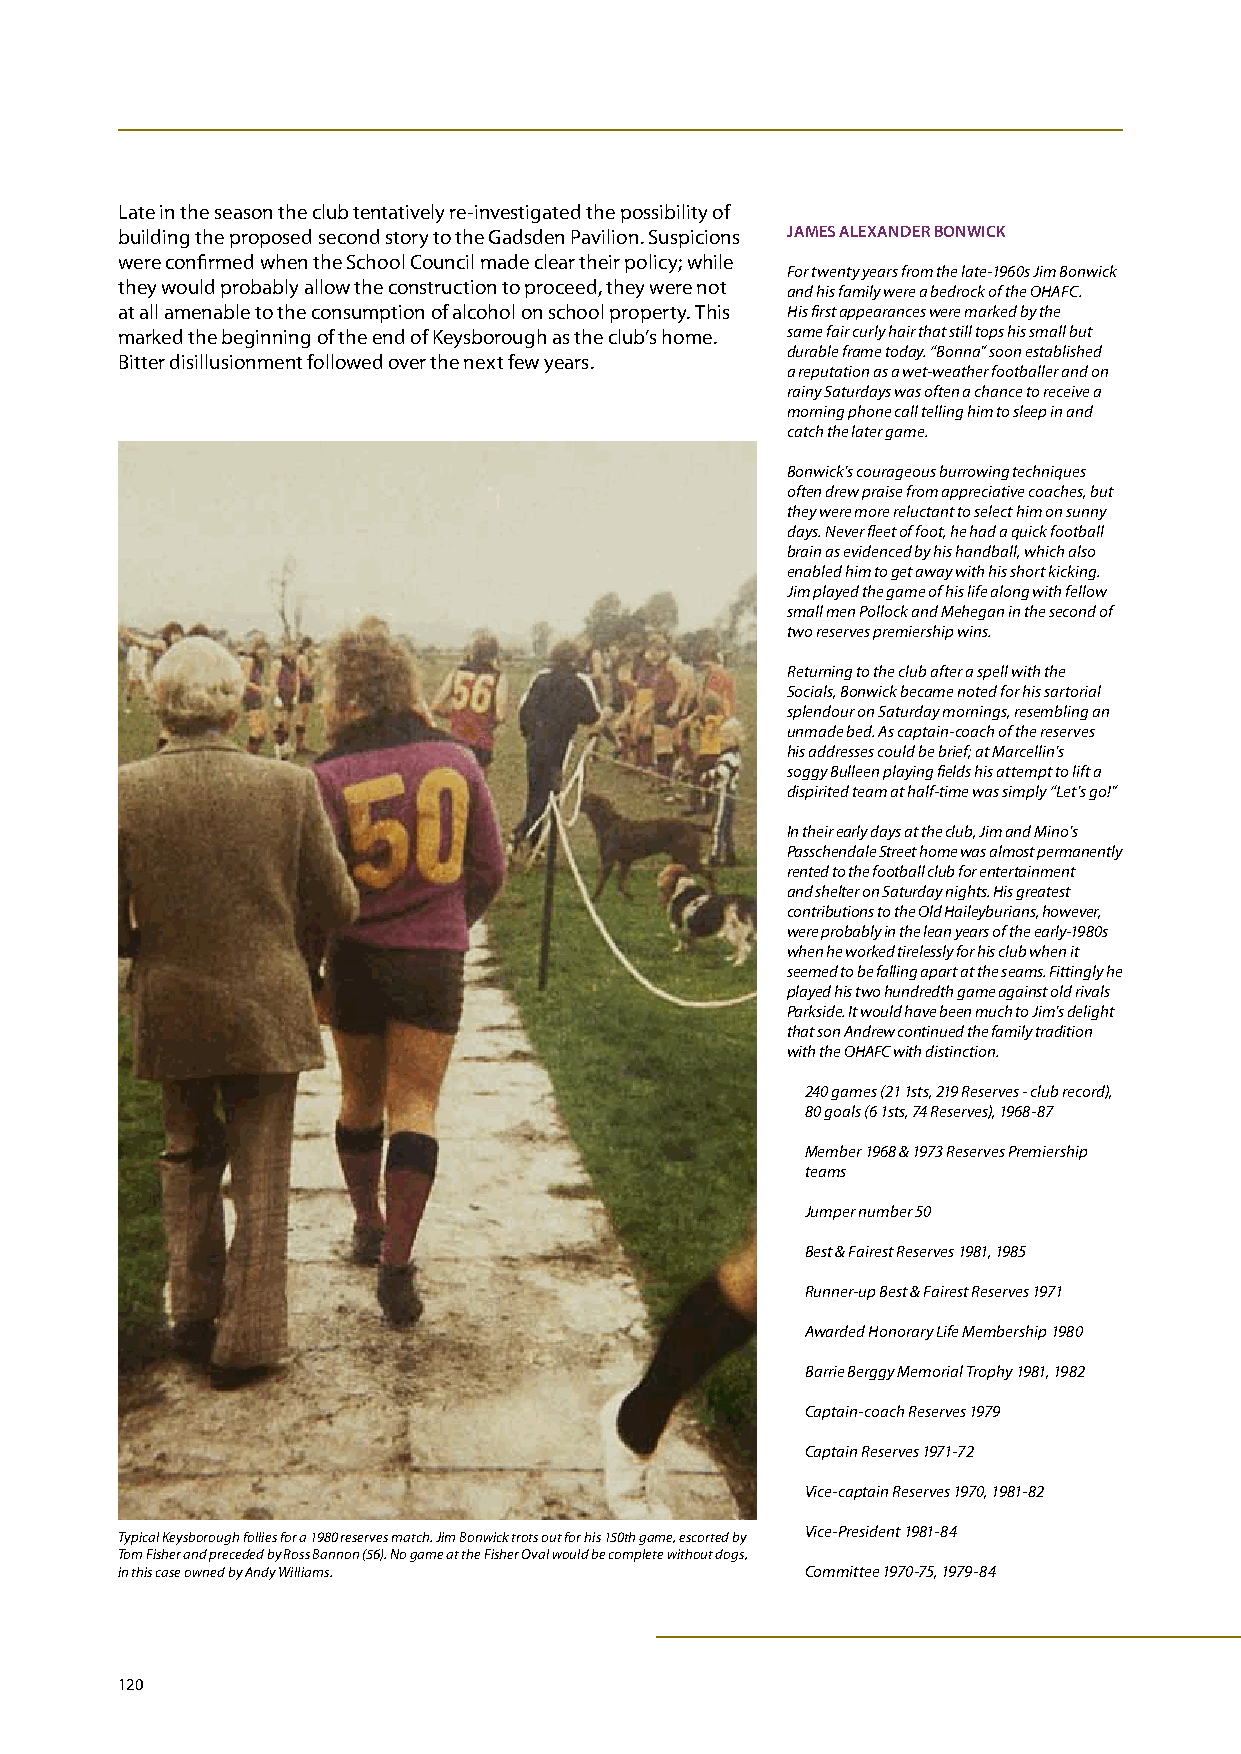
Late in the season the club tentatively re-investigated the possibility of
 building the proposed second story to the Gadsden Pavilion. Suspicions JAmES ALEXANDER bONwICk
 were confirmed when the School Council made clear their policy; while
 For twenty years from the late-1960s Jim Bonwick
 they would probably allow the construction to proceed, they were not and his family were a bedrock of the OHAFC.
 at all amenable to the consumption of alcohol on school property. This His first appearances were marked by the
 marked the beginning of the end of Keysborough as the club’s home. same fair curly hair that still tops his small but
 durable frame today. “Bonna” soon established
 Bitter disillusionment followed over the next few years.
 a reputation as a wet-weather footballer and on
 rainy Saturdays was often a chance to receive a
 morning phone call telling him to sleep in and
 catch the later game.
 Bonwick’s courageous burrowing techniques
 often drew praise from appreciative coaches, but
 they were more reluctant to select him on sunny
 days. Never fleet of foot, he had a quick football
 brain as evidenced by his handball, which also
 enabled him to get away with his short kicking.
 Jim played the game of his life along with fellow
 small men Pollock and Mehegan in the second of
 two reserves premiership wins.
 Returning to the club after a spell with the
 Socials, Bonwick became noted for his sartorial
 splendour on Saturday mornings, resembling an
 unmade bed. As captain-coach of the reserves
 his addresses could be brief; at Marcellin’s
 soggy Bulleen playing fields his attempt to lift a
 dispirited team at half-time was simply “Let’s go!”
 In their early days at the club, Jim and Mino’s
 Passchendale Street home was almost permanently
 rented to the football club for entertainment
 and shelter on Saturday nights. His greatest
 contributions to the Old Haileyburians, however,
 were probably in the lean years of the early-1980s
 when he worked tirelessly for his club when it
 seemed to be falling apart at the seams. Fittingly he
 played his two hundredth game against old rivals
 Parkside. It would have been much to Jim’s delight
 that son Andrew continued the family tradition
 with the OHAFC with distinction.
 240 games (21 1sts, 219 Reserves - club record),
 80 goals (6 1sts, 74 Reserves), 1968-87
 Member 1968 & 1973 Reserves Premiership
 teams
 Jumper number 50
 Best & Fairest Reserves 1981, 1985
 Runner-up Best & Fairest Reserves 1971
 Awarded Honorary Life Membership 1980
 Barrie Berggy Memorial Trophy 1981, 1982
 Captain-coach Reserves 1979
 Captain Reserves 1971-72
 Vice-captain Reserves 1970, 1981-82
 Vice-President 1981-84
 Typical Keysborough follies for a 1980 reserves match. Jim Bonwick trots out for his 150th game, escorted by
 Tom Fisher and preceded by Ross Bannon (56). No game at the Fisher Oval would be complete without dogs,
 in this case owned by Andy Williams.         Committee 1970-75, 1979-84
 120